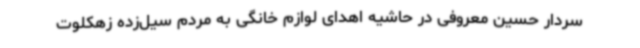
سردار حسین معروفی در حاشیه اهدای لوازم خانگی به مردم سیل‌زده زهکلوت